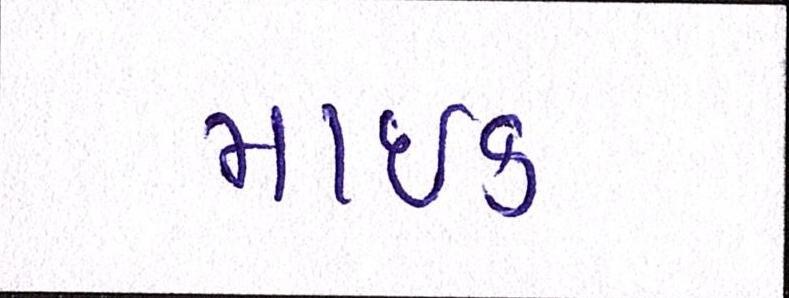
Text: માઇક